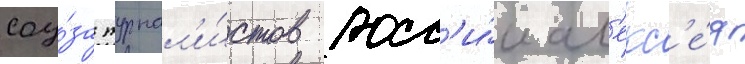
соу́за журнал'и́стов росс'и́и ал'екс'е́я